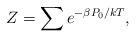
LaTeX: \begin{align*} Z = \sum e^{- \beta P_0/kT},\end{align*}